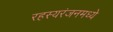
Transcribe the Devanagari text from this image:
रहस्यरंजनमध्ये